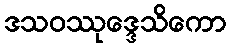
ဒသဝဿုဒ္ဒေသိကော